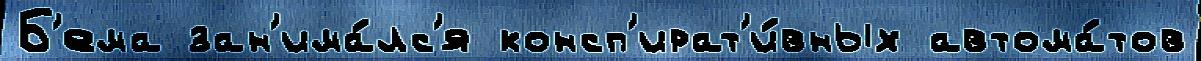
Б'ема зан'има́лс'я консп'ират'и́вных автома́тов